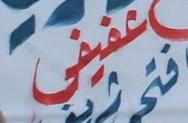
عفيفى